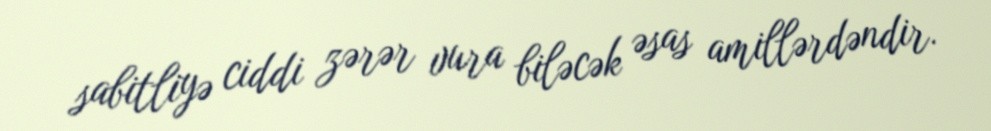
sabitliyə ciddi zərər vura biləcək əsas amillərdəndir.